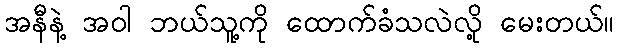
အနီနဲ့ အဝါ ဘယ်သူ့ကို ထောက်ခံသလဲလို့ မေးတယ်။